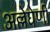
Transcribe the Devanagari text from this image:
अल्लेघेणी